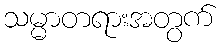
သမ္မာတရားအတွက်